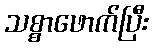
သစ္စာဖောက်ပြီး